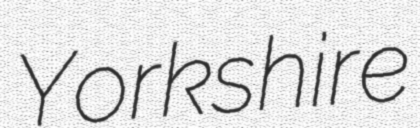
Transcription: Yorkshire